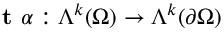
\textbf { t } \alpha : \Lambda ^ { k } ( \Omega ) \to \Lambda ^ { k } ( \partial \Omega )